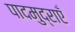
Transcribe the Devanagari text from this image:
पादमुद्राएँ